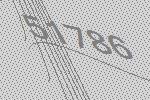
51786